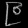
Digit: ၉